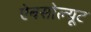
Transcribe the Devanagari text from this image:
ऐबसोल्यूट